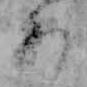
あ